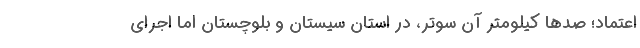
اعتماد؛ صدها كيلومتر آن سوتر، در استان سيستان و بلوچستان اما اجراي